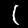
Label: 1